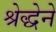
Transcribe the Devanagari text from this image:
श्रेद्धेने